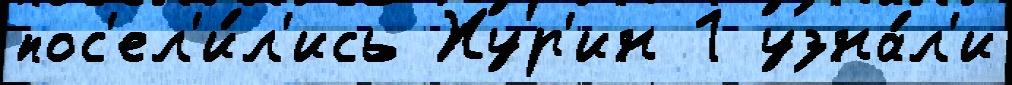
пос'ел'и́л'ись Хур'ин 1 узна́л'и